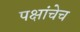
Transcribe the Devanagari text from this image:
पक्षांचेच